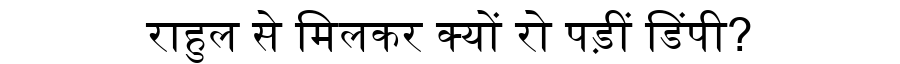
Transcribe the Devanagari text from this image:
राहुल से मिलकर क्यों रो पड़ीं डिंपी?